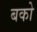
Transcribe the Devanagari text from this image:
बको